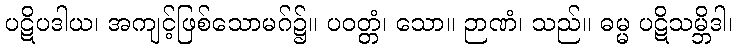
ပဋိပဒါယ၊ အကျင့်ဖြစ်သောမဂ်၌။ ပဝတ္တံ၊ သော။ ဉာဏံ၊ သည်။ ဓမ္မ ပဋိသမ္ဘိဒါ၊